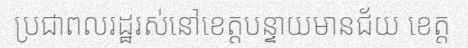
ប្រជាពលរដ្ឋរស់នៅខេត្តបន្ទាយមានជ័យ ខេត្ត